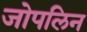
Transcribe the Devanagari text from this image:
जोपलिन